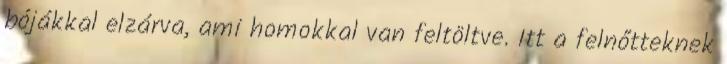
bójákkal elzárva, ami homokkal van feltöltve. Itt a felnőtteknek